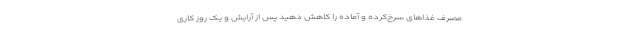
مصرف غذاهای سرخ‌کرده و آماده را کاهش دهید پس از آرایش و یک روز کاری